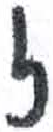
אות: ז